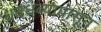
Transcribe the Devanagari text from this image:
धबधब्यापासून